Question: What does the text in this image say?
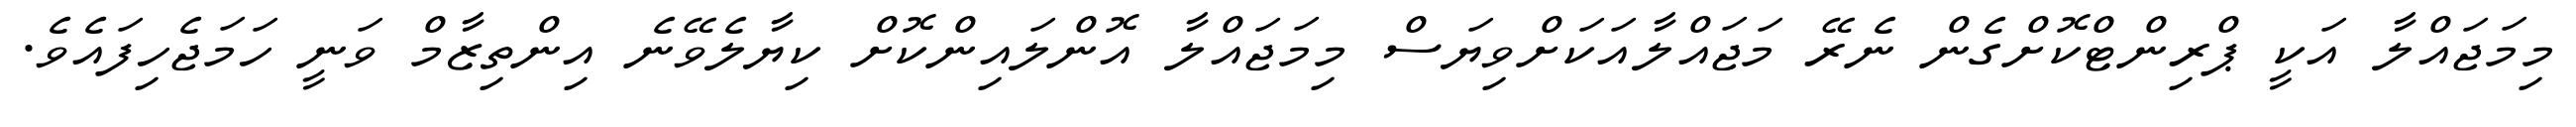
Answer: މިމަޖައްލާ އަކީ ޕްރިންޓްކޮށްގެން ނެރޭ މަޖައްލާއަކަށްވިޔަސް މިމަޖައްލާ އޮންލައިންކޮށް ކިޔާލެވޭނެ އިންތިޒާމް ވަނީ ހަމަޖެހިފައެވެ.